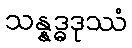
သန္နဒ္ဓဒုဿံ